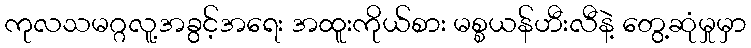
ကုလသမဂ္ဂလူ့အခွင့်အရေး အထူးကိုယ်စား မစ္စယန်ဟီးလီနဲ့ တွေ့ဆုံမှုမှာ